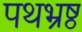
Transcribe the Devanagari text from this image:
पथभ्रष्ठ